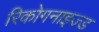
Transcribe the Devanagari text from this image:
रिकोगनाइज्ड